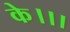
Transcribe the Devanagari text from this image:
के।।।